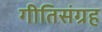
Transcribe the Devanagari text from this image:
गीतिसंग्रह